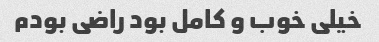
خیلی خوب و کامل بود راضی بودم